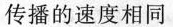
传播的速度相同